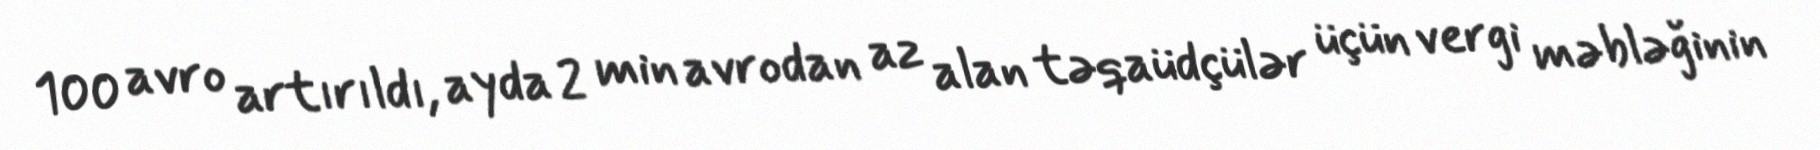
100 avro artırıldı, ayda 2 min avrodan az alan təqaüdçülər üçün vergi məbləğinin